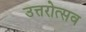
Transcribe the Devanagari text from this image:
उत्तरोत्सव